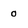
Character: 0